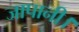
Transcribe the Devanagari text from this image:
जापानी।